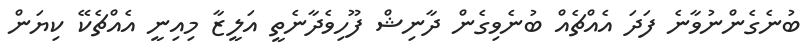
ބުނެގެންނުވާނެ ފަދަ އެއްޗެއް ބުނެވިގެން ދާނިޝް ފޫހިވެދާނެތީ އަލީޒާ މިއިނީ އެއްޗެކޭ ކިޔަން